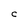
Character: C